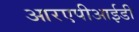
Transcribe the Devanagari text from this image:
आरएपीआईडी